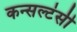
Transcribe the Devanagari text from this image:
कन्सल्टंसी